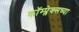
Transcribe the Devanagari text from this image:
कॉम्प्लेक्सच्या